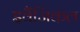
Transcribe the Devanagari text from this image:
इवैंजिकल